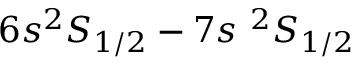
6 s ^ { 2 } S _ { 1 / 2 } - 7 s ~ ^ { 2 } S _ { 1 / 2 }